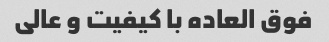
فوق العاده با کیفیت و عالی